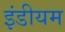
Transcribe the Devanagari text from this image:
इंडीयम